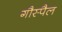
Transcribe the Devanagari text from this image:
गौस्पैल